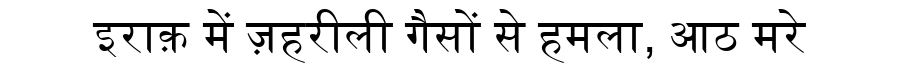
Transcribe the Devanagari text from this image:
इराक़ में ज़हरीली गैसों से हमला, आठ मरे